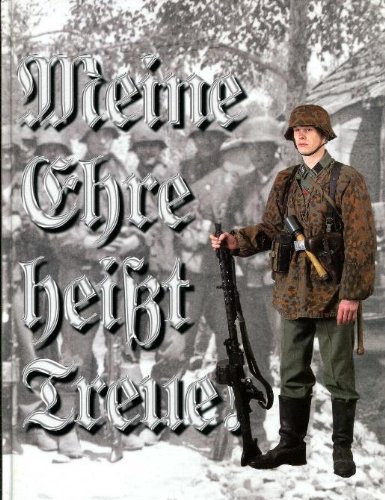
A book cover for Meine Ehre Heisst Treue!: Uniforms of the Finnish SS-volunteers, 1941-1943; Olli Wikberg; History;